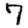
Digit: 7